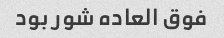
فوق العاده شور بود